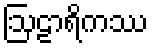
ဩဠာရိကဿ